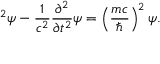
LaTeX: \mathbf { \nabla } ^ { 2 } \psi - { \frac { 1 } { c ^ { 2 } } } { \frac { \partial ^ { 2 } } { \partial t ^ { 2 } } } \psi = \left( { \frac { m c } { \hbar } } \right) ^ { 2 } \psi .